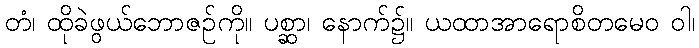
တံ၊ ထိုခဲဖွယ်ဘောဇဉ်ကို။ ပစ္ဆာ၊ နောက်၌။ ယထာအာရောစိတမေဝ ဝါ၊